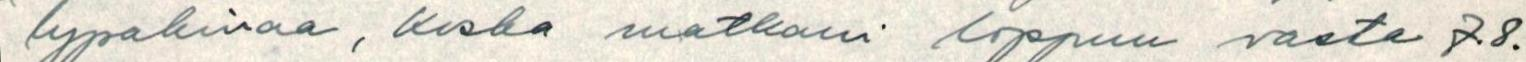
lypakinaa, koska matkani loppuu vasta 7.8.